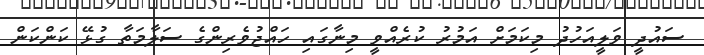
ސައުދީ ވަލީއަހުދު މިކަމަށް އަމުރު ކުރެއްވީ މިނާގައި ހައްޖުވެރިންގެ ސަލާމަތާ ގުޅޭ ކަންކަން